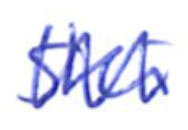
Text: Ski
Cross-out: zig-zag
Writing tool: ballpoint